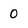
Character: 0